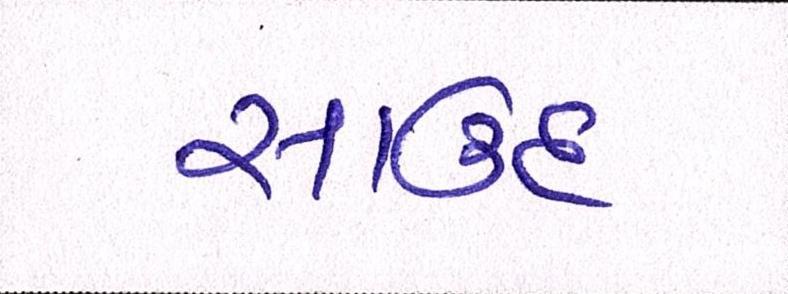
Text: સાઉદ